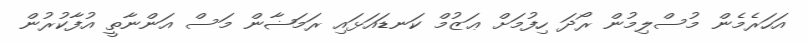
އަހަރެމެން މުސްލިމުން ރޯދަ ހިފުމަށް ޢަޒުމް ކަނޑައަޅައި ރަމަޟާން މަސް އަންނާތީ އުފާކުރުން